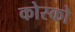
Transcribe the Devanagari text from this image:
कोस्को